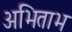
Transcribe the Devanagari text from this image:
अभिताभ